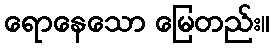
ရောနေသော မြေတည်း။